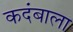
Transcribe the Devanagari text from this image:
कदंबाला